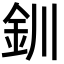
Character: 釧